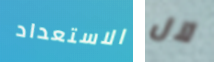
الاستعداد لآل